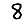
Digit: 8